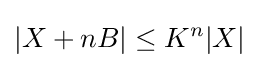
|X+nB|\leq K^{n}|X|